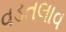
વડતલાવ